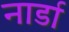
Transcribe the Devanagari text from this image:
नार्डा